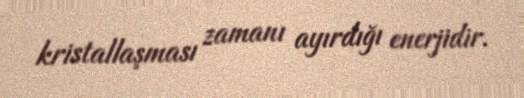
kristallaşması zamanı ayırdığı enerjidir.